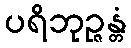
ပရိဘုဉ္ဇန္တံ